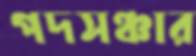
পদসঞ্চার